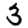
Digit: 3